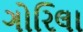
ગોરિલા